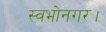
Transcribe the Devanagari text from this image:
स्वभोनगर।